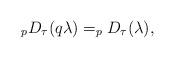
LaTeX: \begin{align*}_{p}D_{\tau }(q\lambda )=_{p}D_{\tau }(\lambda ),\end{align*}